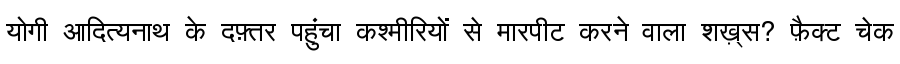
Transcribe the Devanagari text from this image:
योगी आदित्यनाथ के दफ़्तर पहुंचा कश्मीरियों से मारपीट करने वाला शख़्स? फ़ैक्ट चेक